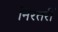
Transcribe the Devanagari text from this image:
निरंतरीं